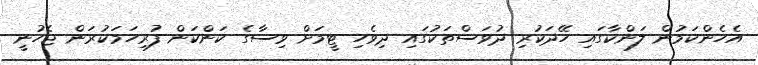
އެހެންކަމުން ލަންކާގައި ހޭދަކުރި ދުވަސްތަކުގައި ދިވެހި ޓީމަށް ވިސާގެ ކަންކަން ފުރިހަމަކުރަން ޖެހުނީ